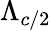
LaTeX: \Lambda_{c/2}